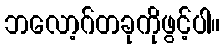
ဘလော့ဂ်တခုကိုဖွင့်ပါ။